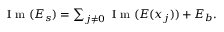
\begin{array} { r } { \mathrm { ~ I ~ m ~ } ( E _ { s } ) = \sum _ { j \neq 0 } \mathrm { ~ I ~ m ~ } ( E ( x _ { j } ) ) + E _ { b } . } \end{array}